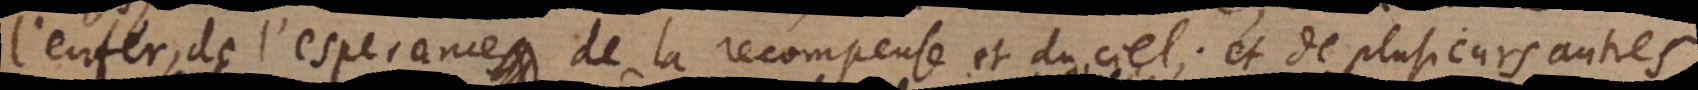
l’enfer, de l’esperance de la recompense et du ciel, et de plusieurs autres